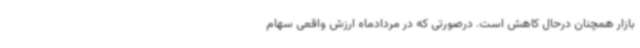
بازار همچنان درحال کاهش است. درصورتی که در مردادماه ارزش واقعی سهام